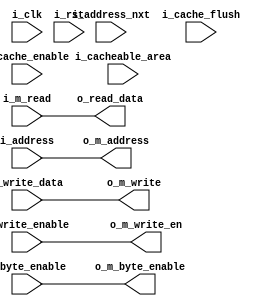
//////////////////////////////////////////////////////////////////
//                                                              //
//  Fetch - Instantiates the fetch stage sub-modules of         //
//  the Amber 2 Core                                            //
//                                                              //
//  This file is part of the Amber project                      //
//  http://www.opencores.org/project,amber                      //
//                                                              //
//  Description                                                 //
//  Instantiates the Cache and Wishbone I/F                     //
//  Also contains a little bit of logic to decode memory        //
//  accesses to decide if they are cached or not                //
//                                                              //
//  Author(s):                                                  //
//      - Conor Santifort, csantifort.amber@gmail.com           //
//                                                              //
//////////////////////////////////////////////////////////////////
//                                                              //
// Copyright (C) 2010 Authors and OPENCORES.ORG                 //
//                                                              //
// This source file may be used and distributed without         //
// restriction provided that this copyright statement is not    //
// removed from the file and that any derivative work contains  //
// the original copyright notice and the associated disclaimer. //
//                                                              //
// This source file is free software; you can redistribute it   //
// and/or modify it under the terms of the GNU Lesser General   //
// Public License as published by the Free Software Foundation; //
// either version 2.1 of the License, or (at your option) any   //
// later version.                                               //
//                                                              //
// This source is distributed in the hope that it will be       //
// useful, but WITHOUT ANY WARRANTY; without even the implied   //
// warranty of MERCHANTABILITY or FITNESS FOR A PARTICULAR      //
// PURPOSE.  See the GNU Lesser General Public License for more //
// details.                                                     //
//                                                              //
// You should have received a copy of the GNU Lesser General    //
// Public License along with this source; if not, download it   //
// from http://www.opencores.org/lgpl.shtml                     //
//                                                              //
//////////////////////////////////////////////////////////////////


module a23_fetch
(
input                       i_clk,
input                       i_rst,

input       [31:0]          i_address,
input       [31:0]          i_address_nxt,      // un-registered version of address to the cache rams
input       [31:0]          i_write_data,
input                       i_write_enable,
output       [31:0]         o_read_data,
input       [3:0]           i_byte_enable,
input                       i_cache_enable,     // cache enable
input                       i_cache_flush,      // cache flush
input       [31:0]          i_cacheable_area,   // each bit corresponds to 2MB address space
output   [31:0]             o_m_address, //memory
output   [31:0]             o_m_write,
output                      o_m_write_en,
output   [3:0]              o_m_byte_enable,
input    [31:0]             i_m_read
);

assign o_m_address     = i_address;
assign o_m_write       = i_write_data;
assign o_m_write_en    = i_write_enable;
assign o_m_byte_enable = i_byte_enable;
assign o_read_data     = i_m_read;

endmodule